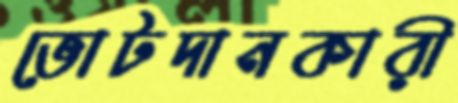
ভোটদানকারী